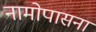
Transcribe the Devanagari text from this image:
नामोपासना